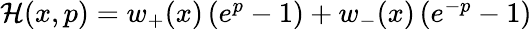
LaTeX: \begin{array}{r}{\mathcal{H}(x,p)={w_{+}}(x)\left({{e^{p}}-1}\right)+{w_{-}}(x)\left({{e^{-p}}-1}\right)}\end{array}